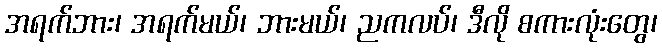
အရက်ဘား၊ အရက်မယ်၊ ဘားမယ်၊ ညကလပ်၊ ဒီလို စကားလုံးတွေ၊